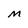
Character: M